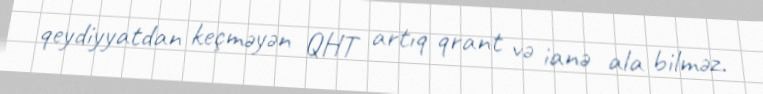
qeydiyyatdan keçməyən QHT artıq qrant və ianə ala bilməz.